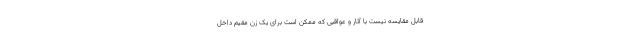
قابل مقایسه نیست با آثار و عواقبی که ممکن است برای یک زن مقیم داخل